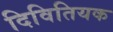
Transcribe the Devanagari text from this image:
दिवितियक